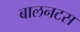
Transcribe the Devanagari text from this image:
बालनटस